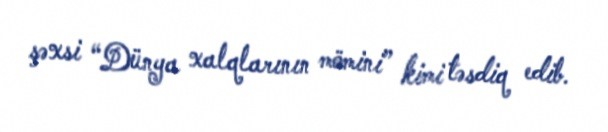
şəxsi “Dünya xalqlarının mömini” kimi təsdiq edib.